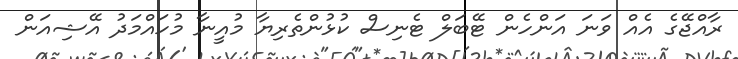
ރާއްޖޭގެ އެއް ވަނަ އަންހެން ޓޭބަލް ޓެނިސް ކުޅުންތެރިޔާ މުއީނާ މުހައްމަދު އޭޝިއަން